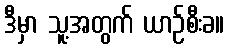
ဒီမှာ သူ့အတွက် ယာဉ်စီးခ။